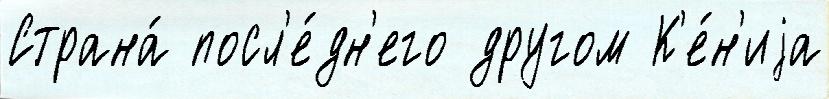
Страна́ посл'е́дн'его другом К'е́н'иjа